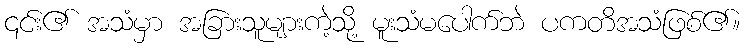
၎င်း၏ အသံမှာ အခြားသူများကဲ့သို့ မူးသံမပေါက်ဘဲ ပကတိအသံဖြစ်၏။